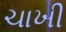
ચાખી